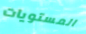
المستويات